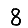
Digit: 8